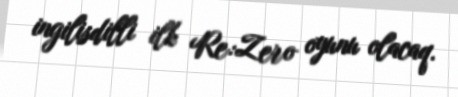
ingilisdilli ilk Re:Zero oyunu olacaq.